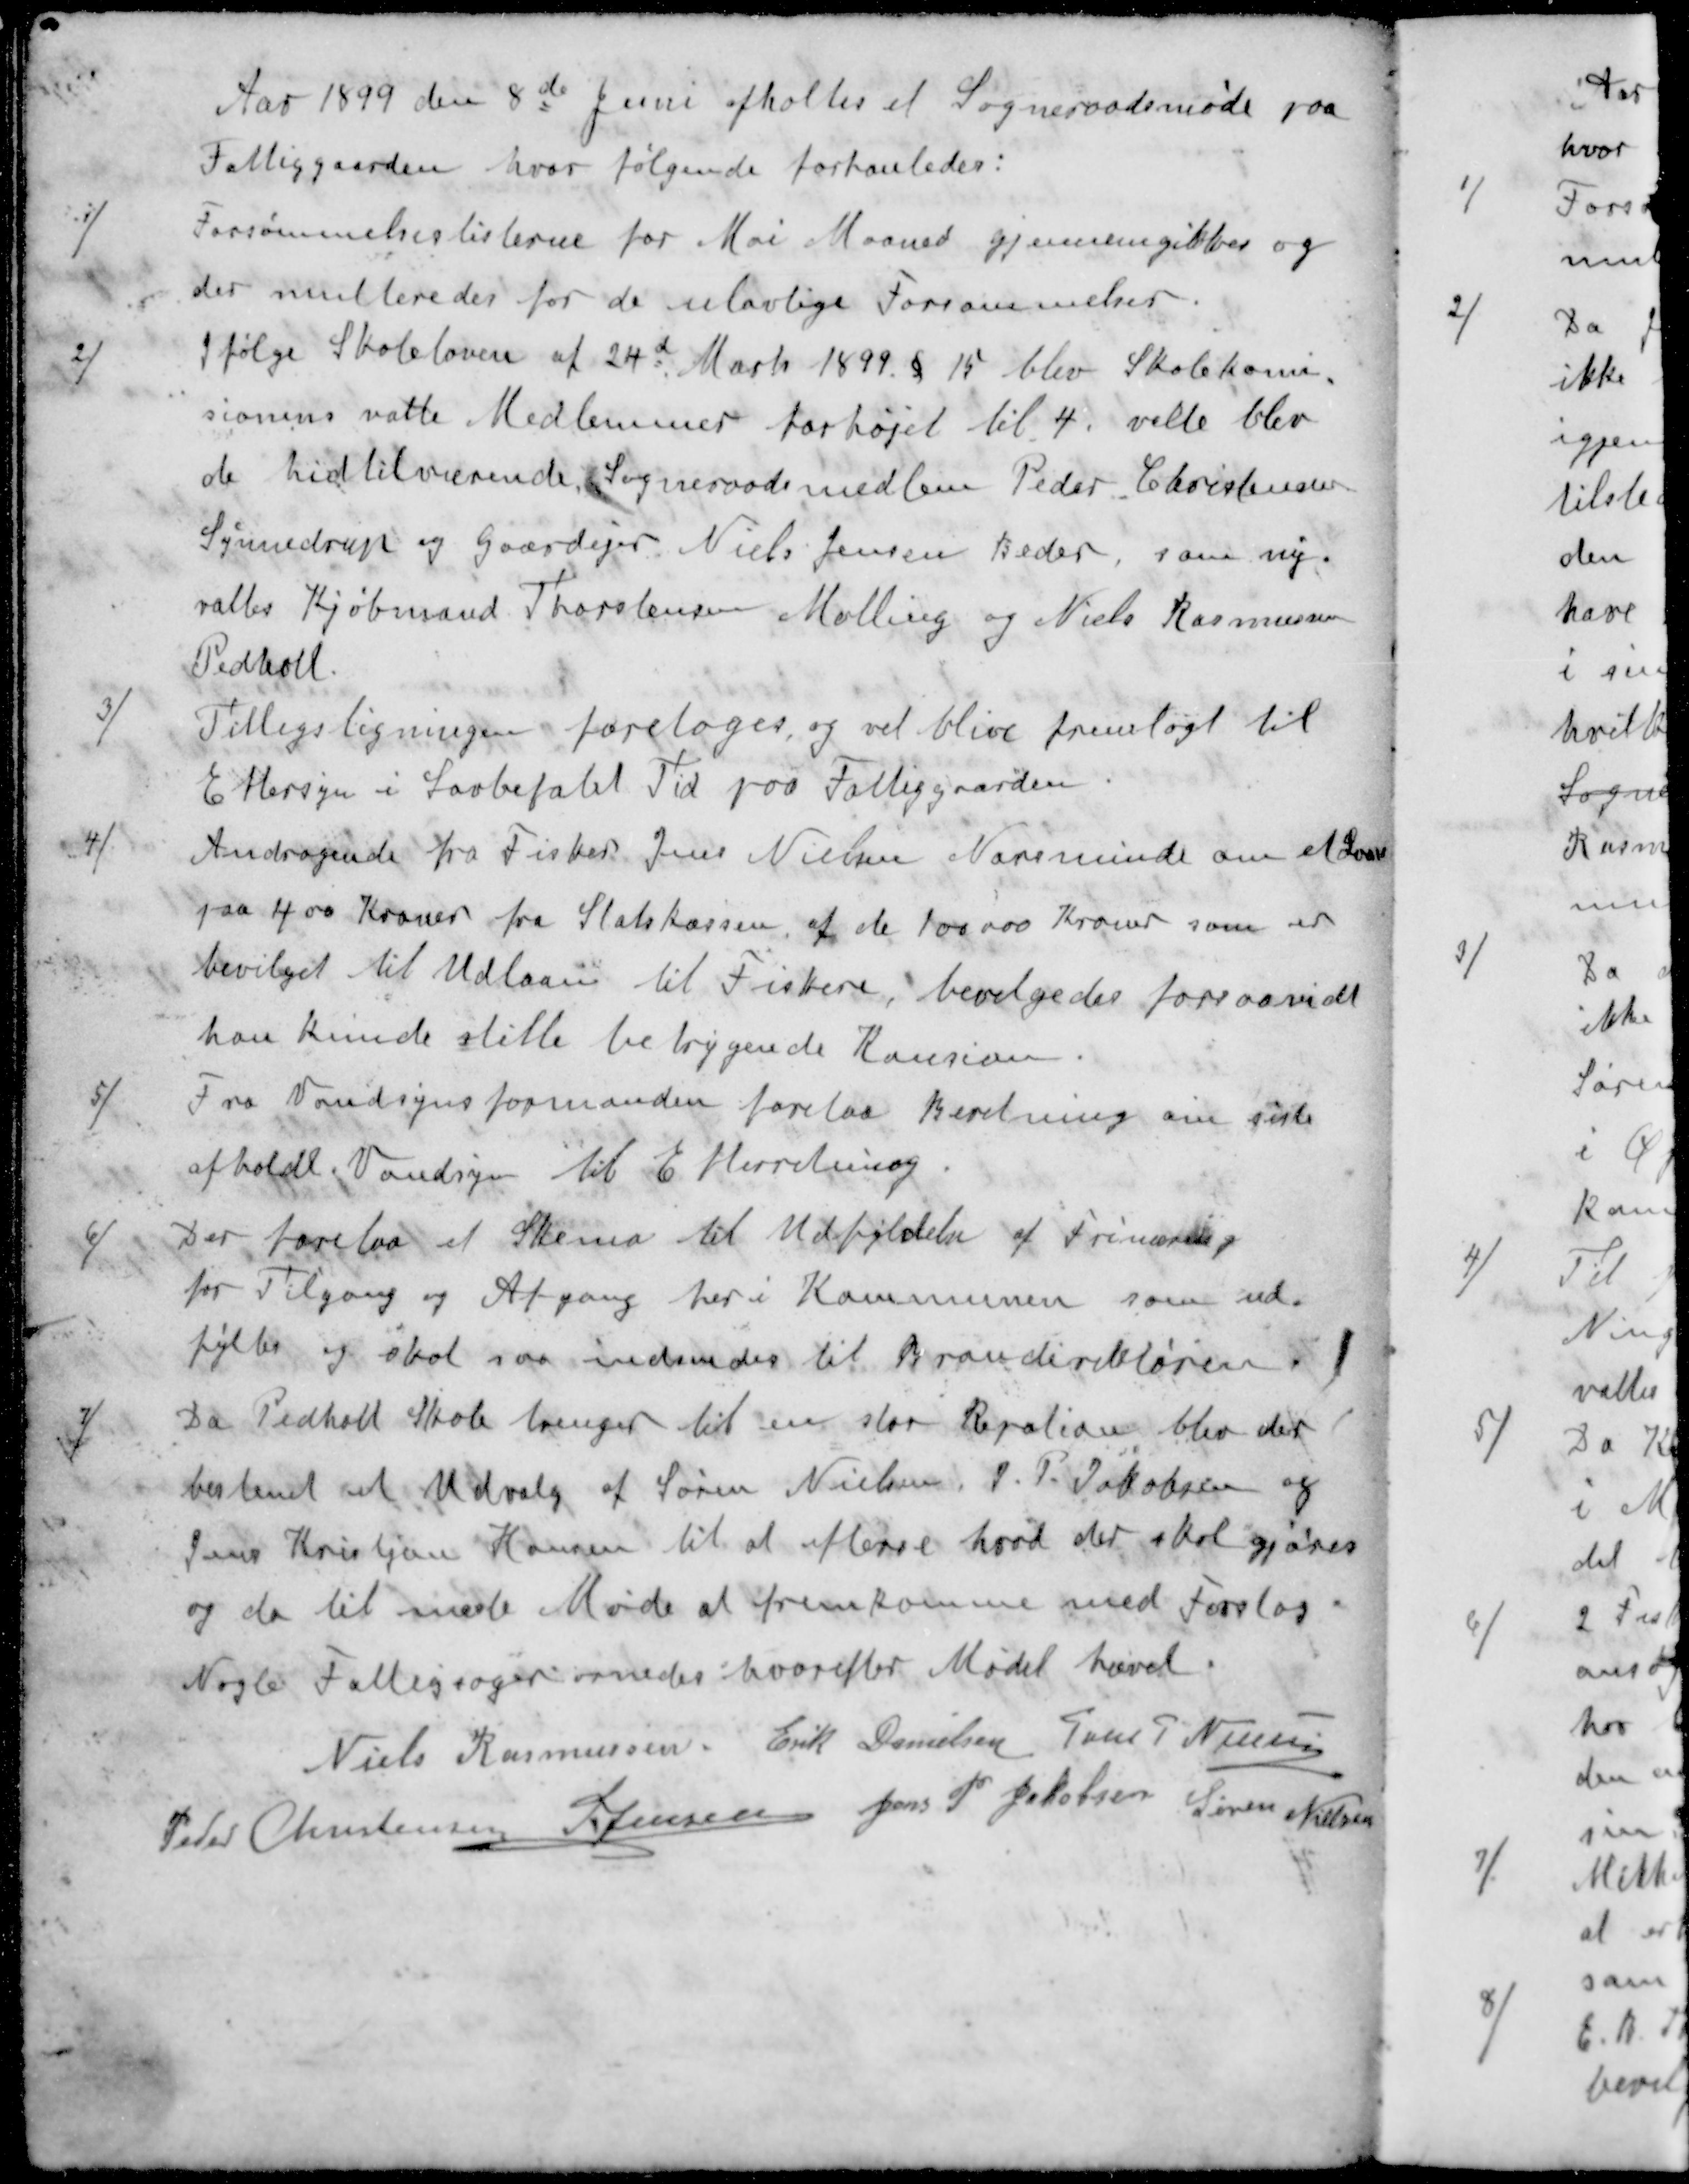
Transskription:
Aar 1899 den 8de Juni afholtes et Sogneraadsmøde paa
Fattiggaarden, hvor følgende forhanledes:
1 / Forsømmelseslisterne for Mai Maaned gjennemgikkesr og
der multeredes for de ulovlige Forsømmelser.
2 / Ifølge Skoleloven af 24d Marts 1899. § 15 blev Skolekomi-
sionens valte Medlemmer forhøjet til 4. valte blev
de hidtilværende Sogneraadsmedlem Peder Christensen
Synnedrup og Gaardejer Niels Jensen Beder, som ny
valtes Kjøbmand Thorstensen Malling og Niels Rasmussen
Pedholt.
3 / Tillægsligningen foretoges, og vil blive fremlagt til
Eftersyn i Lovbefalet Tid paa Fattiggaarden
4 / Andragende fra Fisker Jens Nielsen Norsminde om et Laan
paa 400 Kroner fra Statskassen af de 100.000 Kroner som er
bevilget til Udlaan til Fiskere, bevilgedes forsaavidt
han kunde stille betryggende Kausion
5 / Fra Vandsynsformanden forelaa Beretning om siste
afholdt Vandsyn til Efterretning
6 / Der forelaa et Skema til Udfyldelse af Frinæring
for Tilgang og Afgang her i Kommunen som ud-
fyltes og skal saa indsendes til Brandirektøren i
7 / Da Pedholdt Skole trenger til en stor Repation blev der
bestemt et Udvalg af Søren Nielsen, J. P. Jakobsen og
Jens Kristjan Hansen til at efterse hvad der skal gjøres
og da til næste Møde at fremkomme med Forslag.
Nogle Fattigsager ornedes hvorefter Mødet hævet.
Niels Rasmussen
Erik Danielsen
Jens P. Nielsen
Peder Christensen
S Jensen
Jens P Jakobsen
Søren Nielsen